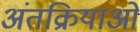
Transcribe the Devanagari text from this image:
अंतक्रियाओं